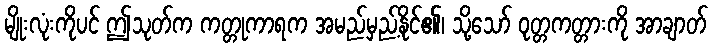
မျိုးလုံးကိုပင် ဤသုတ်က ကတ္တုကာရက အမည်မှည့်နိုင်၏၊ သို့သော် ဝုတ္တကတ္တားကို အာချာတ်